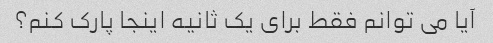
آیا می توانم فقط برای یک ثانیه اینجا پارک کنم؟